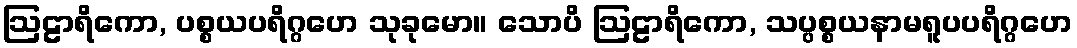
ဩဠာရိကော, ပစ္စယပရိဂ္ဂဟေ သုခုမော။ သောပိ ဩဠာရိကော, သပ္ပစ္စယနာမရူပပရိဂ္ဂဟေ